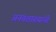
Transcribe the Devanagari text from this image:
अनंतशास्त्र्यांनी